Vaccination in the Punjab 1905-1918 - 1905-1918
Year: 1905
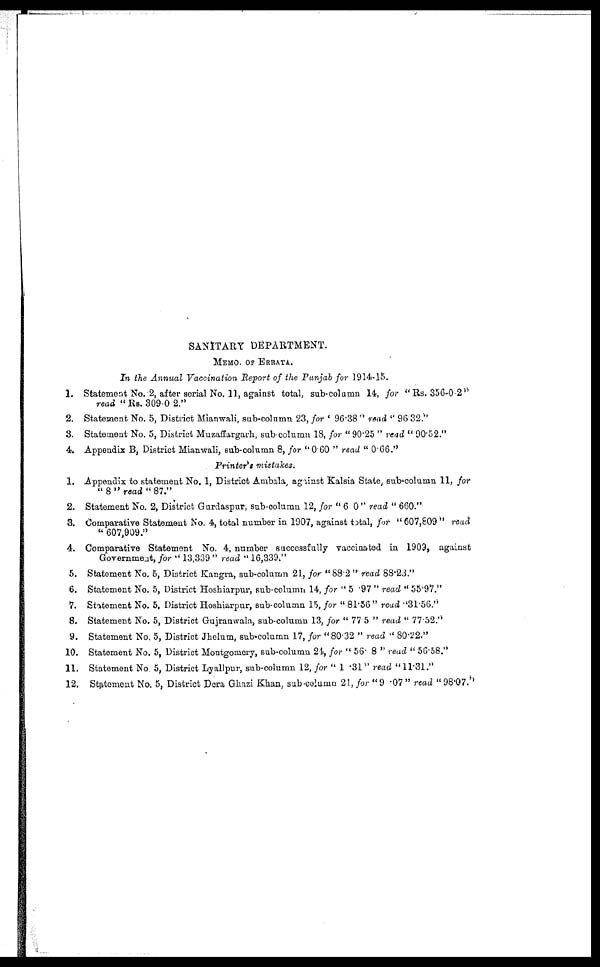
SANITARY DEPARTMENT.
MEMO. OF ERRATA.
In the Annual Vaccination Report of the Punjab for 1914-15.
1.
2.
3.
4.
1.
2.
3.
4.
5.
6.
7.
8.
9.
10.
11.
12.
Statement No. 2, after serial No. 11, against total, sub-column 14, for "Rs. 356-0-2"
read "Rs. 309-0-2."
Statement No. 5, District Mianwali, sub-column 23, for "96.38" read " 96.32."
Statement No. 5, District Muzaffargarh, sub-column 18, for "90.25" read "90.52."
Appendix B, District Mianwali, sub-column 8, for "0.60 " read "0.66."
Printer's mistakes.
Appendix to statement No. 1, District Ambala against Kalsia State, sub-column 11, for
"8" read "87."
Statement No. 2, District Gurdaspur, sub-column 12, for "6 0" read "660."
Comparative Statement No. 4, total number in 1907, against total, for "607,809" read
"607,909."
Comparative Statement No. 4, number successfully vaccinated in 1909, against
Government, for "13,339" read "16,339."
Statement No. 5, District Kangra, sub-column 21, for "88.2" read 88.23."
Statement No. 5, District Hoshiarpur, sub-column 14, for "5 .97 " read " 55.97.''
Statement No. 5, District Hoshiarpur, sub-column 15, for " 81.56" read "31.56."
Statement No. 5, District Gujranwala, sub-column 13, for "77.5" read "77.52."
Statement No. 5, District Jhelum, sub-column 17, for "80.32" read "80.22."
Statement No. 5, District Montgomery, sub-column 24, for "56. 8" read "56.58."
Statement No. 5, District Lyallpur, sub-column 12, for "1 .31" read "11.31."
Statement No. 5, District Dera Ghazi Khan, sub-column 21, for "9 .07" read "98.07."